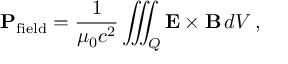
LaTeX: \mathbf { P } _ { \mathrm { f i e l d } } = { \frac { 1 } { \mu _ { 0 } c ^ { 2 } } } \iiint _ { Q } \mathbf { E } \times \mathbf { B } \, d V \, ,